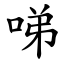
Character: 㖒